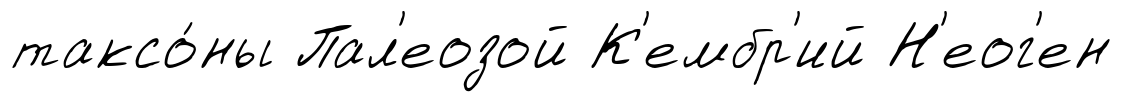
таксо́ны Пал'еозой К'ембр'ий Н'еог'ен